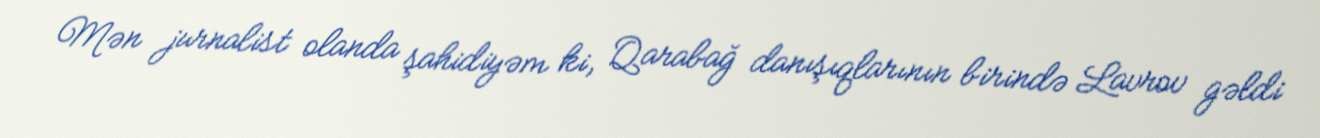
Mən jurnalist olanda şahidiyəm ki, Qarabağ danışıqlarının birində Lavrov gəldi